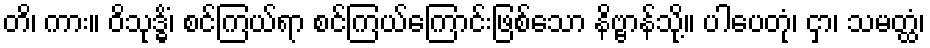
တိ၊ ကား။ ဝိသုဒ္ဓိံ၊ စင်ကြယ်ရာ စင်ကြယ်ကြောင်းဖြစ်သော နိဗ္ဗာန်သို့။ ပါပေတုံ၊ ငှာ၊ သမတ္ထံ၊